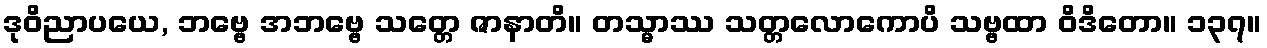
ဒုဝိညာပယေ, ဘဗ္ဗေ အဘဗ္ဗေ သတ္တေ ဇာနာတိ။ တသ္မာဿ သတ္တလောကောပိ သဗ္ဗထာ ဝိဒိတော။ ၁၃၇။